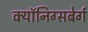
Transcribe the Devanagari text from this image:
क्यॉनिग्सबेर्ग